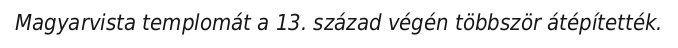
Magyarvista templomát a 13. század végén többször átépítették.